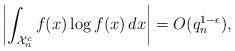
LaTeX: \begin{align*}\biggl|\int_{\mathcal{X}_n^c} f(x) \log f(x) \, dx\biggr| = O(q_n^{1-\epsilon}),\end{align*}